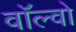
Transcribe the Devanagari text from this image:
वाॅल्वो